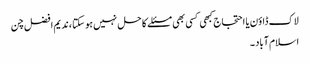
لاک ڈاؤن یا احتجاج کبھی کسی بھی مسئلے کا حل نہیں ہو سکتا ، ندیم افضل چن
اسلام آباد ۔